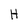
Character: H